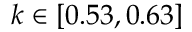
k \in [ 0 . 5 3 , 0 . 6 3 ]